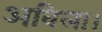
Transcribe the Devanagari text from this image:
अविला।